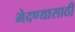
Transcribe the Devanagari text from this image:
भेदण्यासाठी